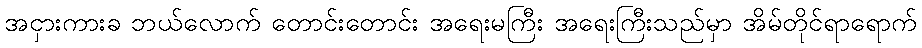
အငှားကားခ ဘယ်လောက် တောင်းတောင်း အရေးမကြီး အရေးကြီးသည်မှာ အိမ်တိုင်ရာရောက်